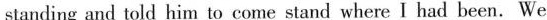
standing and told him to come stand where I had been. We